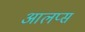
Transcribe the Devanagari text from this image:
आलप्स